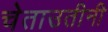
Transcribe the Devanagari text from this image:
चेताउतीनी